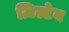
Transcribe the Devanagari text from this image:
ज़िल्टेन